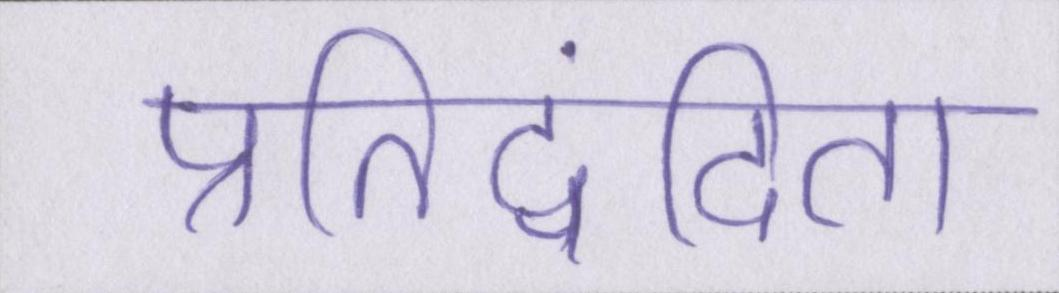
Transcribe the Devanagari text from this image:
प्रतिद्वंदिता